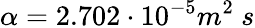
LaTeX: \alpha=2.702\cdot 10^{-5}m^{2}\ s